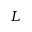
L